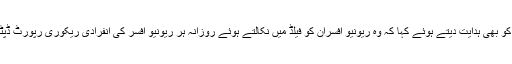
انہوں نے اسسٹنٹ کمشنرز کو بھی ہدایت دیتے ہوئے کہا کہ وہ ریونیو افسران کو فیلڈ میں نکالتے ہوئے روزانہ ہر ریونیو افسر کی انفرادی ریکوری رپورٹ ڈپٹی کمشنر آفس ارسال کریں۔